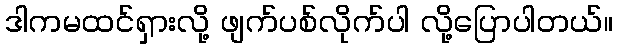
ဒါကမထင်ရှားလို့ ဖျက်ပစ်လိုက်ပါ လို့ပြောပါတယ်။